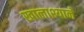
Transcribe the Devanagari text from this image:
खालाश्याने